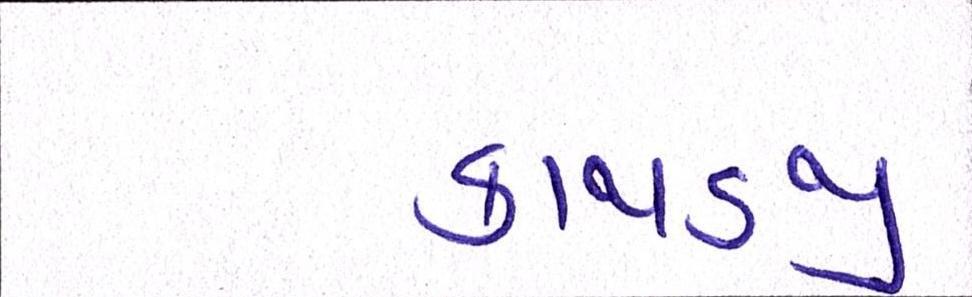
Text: કાથડજી